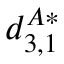
d _ { 3 , 1 } ^ { A * }